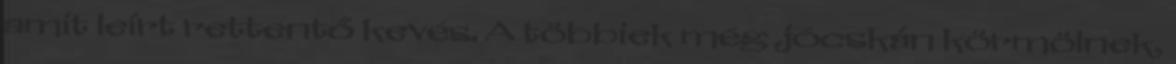
amit leírt rettentő kevés. A többiek még jócskán körmölnek,